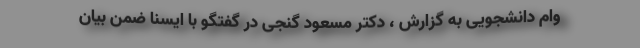
وام دانشجویی به گزارش ، دکتر مسعود گنجی در گفتگو با ایسنا ضمن بیان